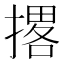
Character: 撂